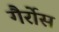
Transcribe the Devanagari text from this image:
गैर्रोस